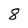
Character: 8